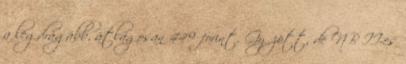
a legdrágább, átlagosan 449 forint. Győzött, de NB II-es